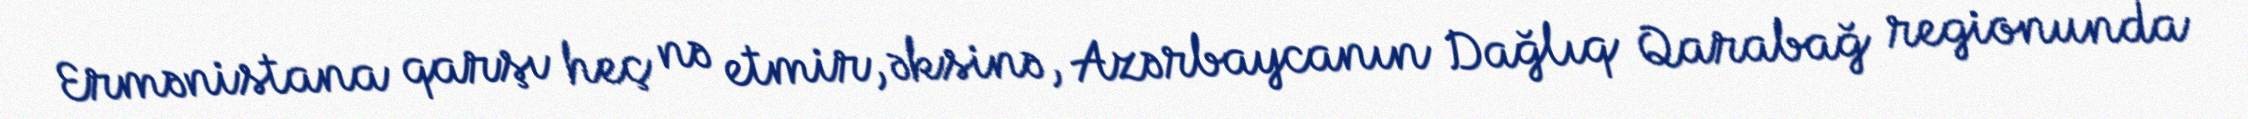
Ermənistana qarşı heç nə etmir, əksinə, Azərbaycanın Dağlıq Qarabağ regionunda